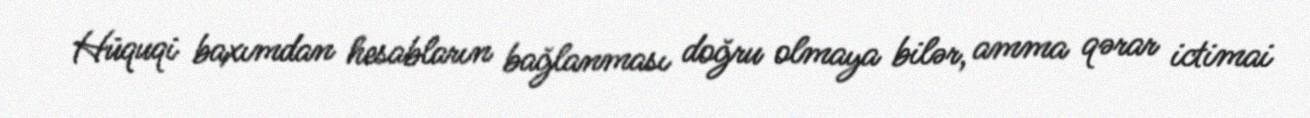
Hüquqi baxımdan hesabların bağlanması doğru olmaya bilər, amma qərar ictimai